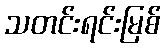
သတင်းရင်းမြစ်